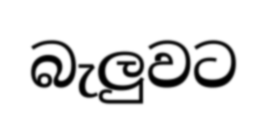
බැලුවට